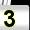
Digit: 3